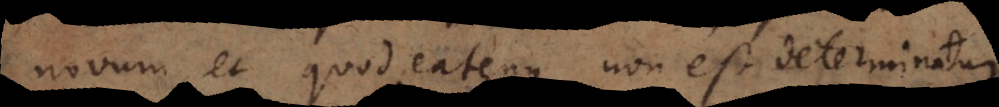
novum, et quod eatenus non est determinatum.